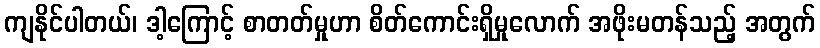
ကျနိုင်ပါတယ်၊ ဒါ့ကြောင့် စာတတ်မှုဟာ စိတ်ကောင်းရှိမှုလောက် အဖိုးမတန်သည့် အတွက်